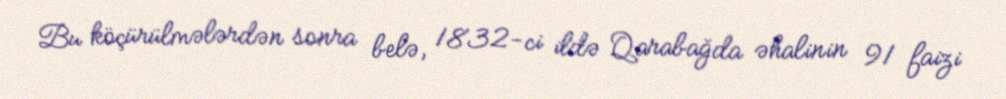
Bu köçürülmələrdən sonra belə, 1832-ci ildə Qarabağda əhalinin 91 faizi